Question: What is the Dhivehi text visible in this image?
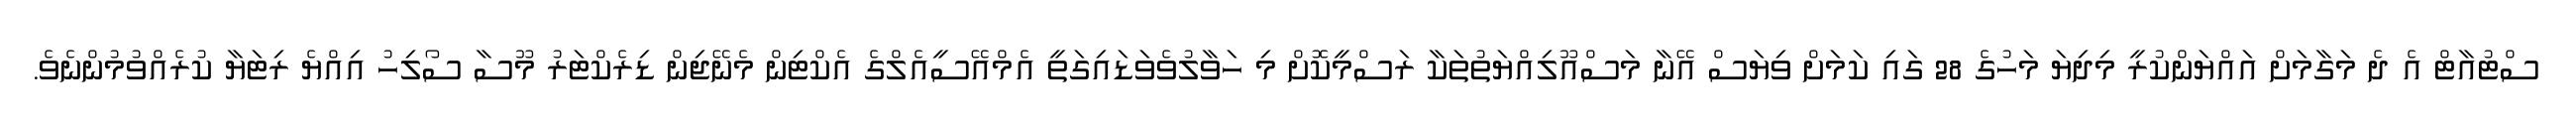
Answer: ސްޓުއާޓް އެ ދެ މަގާމަށް އައްޔަންކުރީ މިދިޔަ މަހުގެ 28 ގައި ކަމަށް ވިޔަސް އޭނާ މަސްއޫލިއްޔަތުތަކާ ރަސްމީކޮށް މި ހަވާލުވެވަޑައިގަތީ އެމްއޭސީއެލްގެ އެކްޓިން މެނޭޖިން ޑިރެކްޓަރު މޫސާ ސޯލިހު އިއްޔެ ރިޓަޔާ ކުރެއްވުމުންނެވެ.